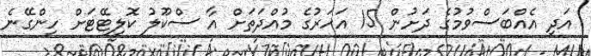
އަދި އެއްބަސްވުމުގެ ދަށުން 15 އަހަރުގެ މުއްދަތަށް އާ ސްކޫލު ކޮލިޓޭޓަށް ހިންގޭނެ